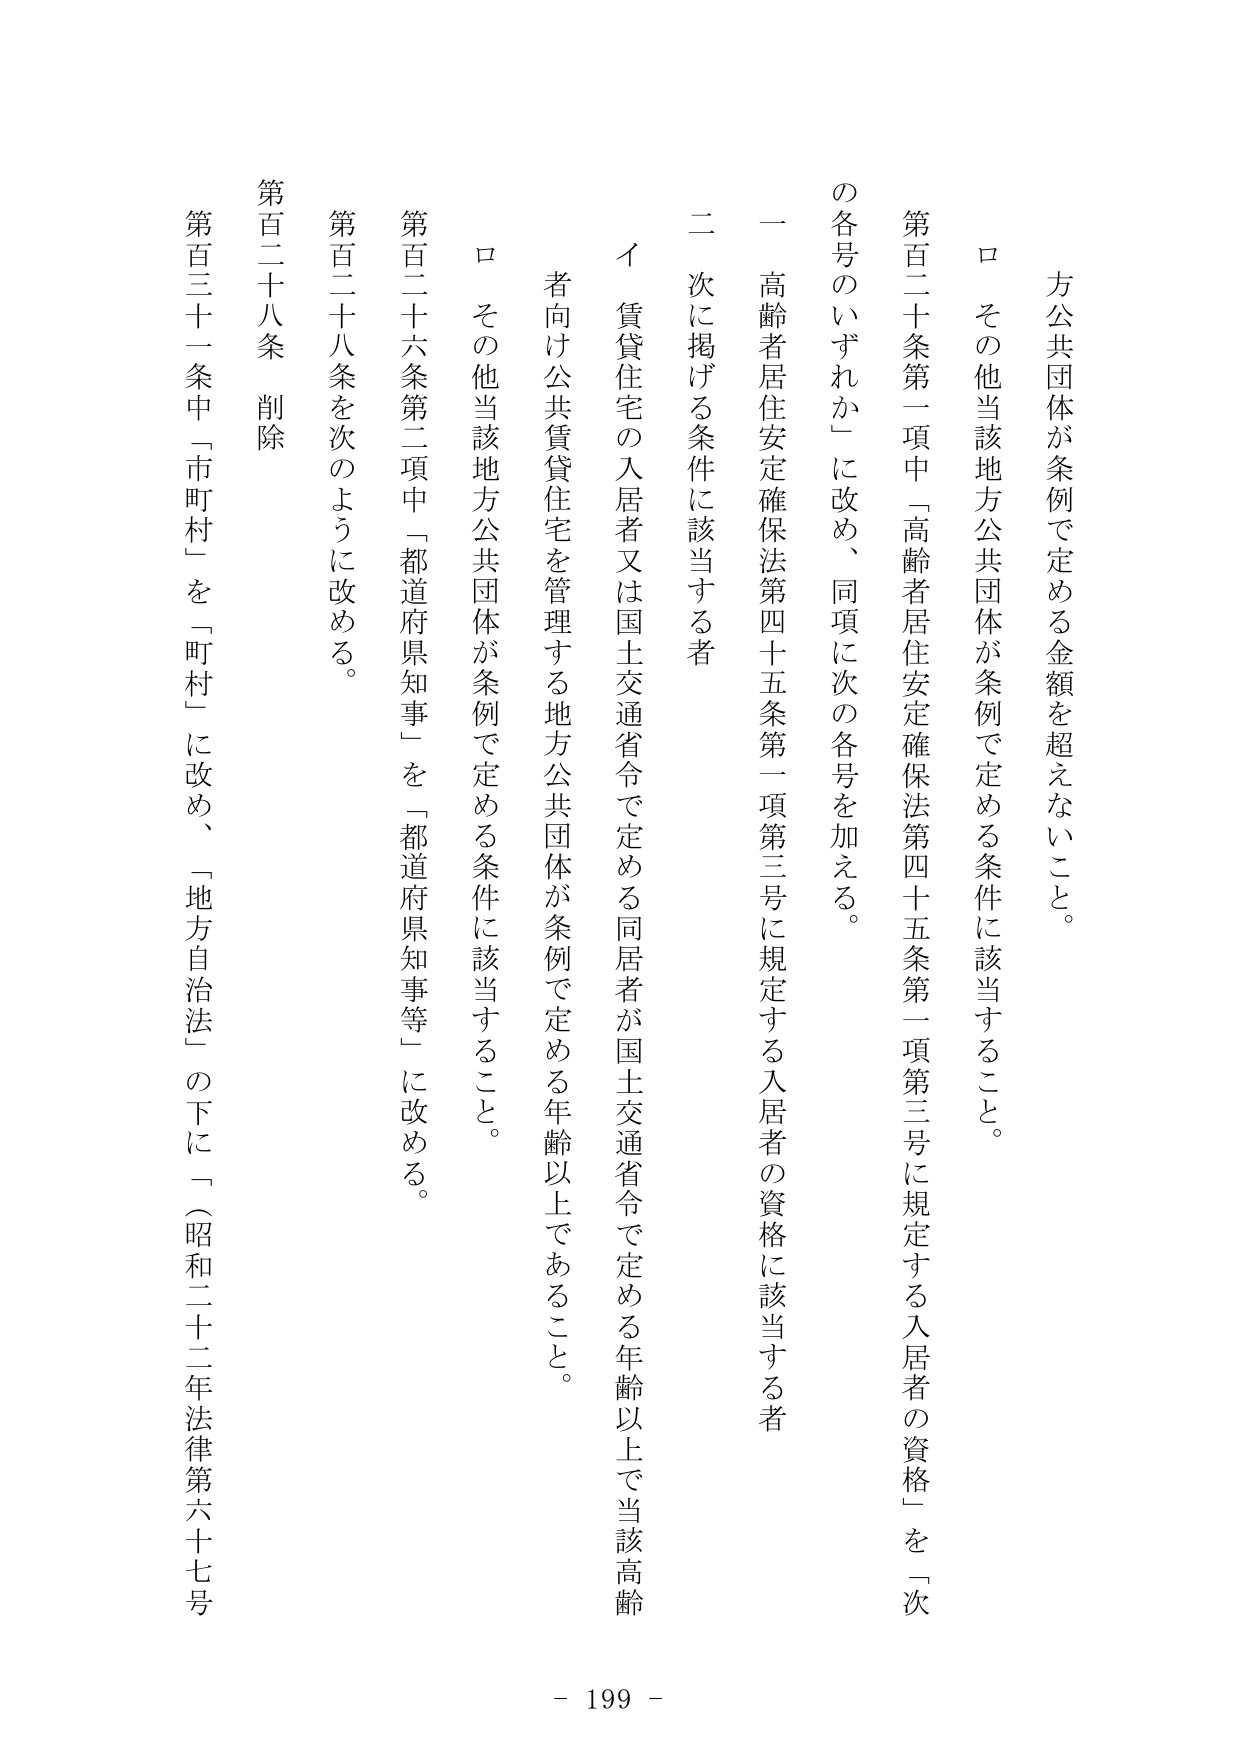
方公共団体が条例で定める金額を超えないこと。

ロ　その他当該地方公共団体が条例で定める条件に該当すること。

第百二十条第一項中「高齢者居住安定確保法第四十五条第一項第三号に規定する入居者の資格」を「次の各号のいずれか」に改め、同項に次の各号を加える。

一　高齢者居住安定確保法第四十五条第一項第三号に規定する入居者の資格に該当する者

二　次に掲げる条件に該当する者

　イ　賃貸住宅の入居者又は国土交通省令で定める同居者が国土交通省令で定める年齢以上で当該高齢者向け公共賃貸住宅を管理する地方公共団体が条例で定める年齢以上であること。

　ロ　その他当該地方公共団体が条例で定める条件に該当すること。

第百二十六条第二項中「都道府県知事」を「都道府県知事等」に改める。

第百二十八条を次のように改める。

第百二十八条　削除

第百三十一条中「市町村」を「町村」に改め、「地方自治法」の下に「（昭和二十二年法律第六十七号

- 199 -